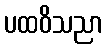
ပထဝိသညာ